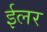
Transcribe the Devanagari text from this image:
ईलर